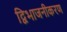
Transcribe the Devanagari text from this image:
द्विभाजनीकरण